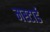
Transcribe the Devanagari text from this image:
मस्टार्ड